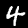
Label: 4